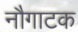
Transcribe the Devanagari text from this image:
नौगाटक